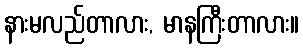
နားမလည်တာလား, မာနကြီးတာလား။